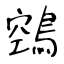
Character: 鵼